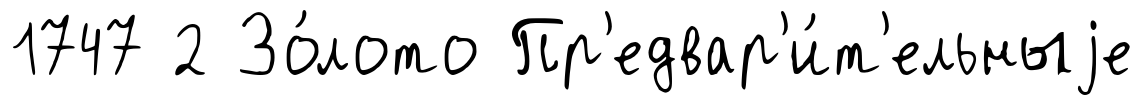
1747 2 Зо́лото Пр'едвар'и́т'ельныjе